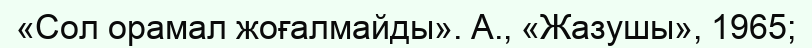
«Сол орамал жоғалмайды». А., «Жазушы», 1965;